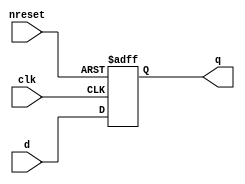
//#############################################################################
//# Function:  Positive edge-triggered static D-type flop-flop with async     #
//#            active low reset.                                              # 
//#                                                                           #
//# Copyright: OH Project Authors. All rights Reserved.                       #
//# License:   MIT (see LICENSE file in OH repository)                        # 
//#############################################################################

module oh_dffrq #(parameter DW = 1) // array width
   (
    input [DW-1:0] 	d,
    input [DW-1:0] 	clk,
    input [DW-1:0] 	nreset,
    output reg [DW-1:0] q
    );
   
   always @ (posedge clk or negedge nreset)
     if(!nreset)
       q <= 'b0;
     else
       q <= d;
      
endmodule